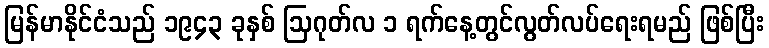
မြန်မာနိုင်ငံသည် ၁၉၄၃ ခုနှစ် ဩဂုတ်လ ၁ ရက်နေ့တွင်လွတ်လပ်ရေးရမည် ဖြစ်ပြီး